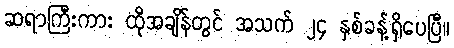
ဆရာကြီးကား ထိုအချိန်တွင် အသက် ၂၄ နှစ်ခန့်ရှိပေပြီ။